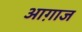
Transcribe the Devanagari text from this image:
आग़ाज